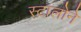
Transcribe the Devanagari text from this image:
स्टालोने